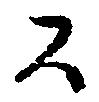
々